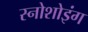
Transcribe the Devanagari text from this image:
स्नोशोइंग